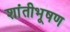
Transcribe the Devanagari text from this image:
शांतीभूषण